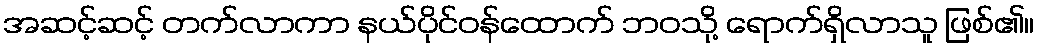
အဆင့်ဆင့် တက်လာကာ နယ်ပိုင်ဝန်ထောက် ဘဝသို့ ရောက်ရှိလာသူ ဖြစ်၏။